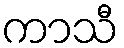
ကာသီ